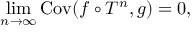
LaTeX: \operatorname* { l i m } _ { n \to \infty } \operatorname { C o v } ( f \circ T ^ { n } , g ) = 0 ,